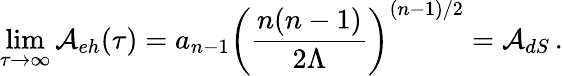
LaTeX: \operatorname*{lim}_{\tau\rightarrow\infty}{\cal A}_{eh}(\tau)=a_{n-1}\left({\frac{n(n-1)}{2\Lambda}}\right)^{(n-1)/2}={\cal A}_{dS}\, .